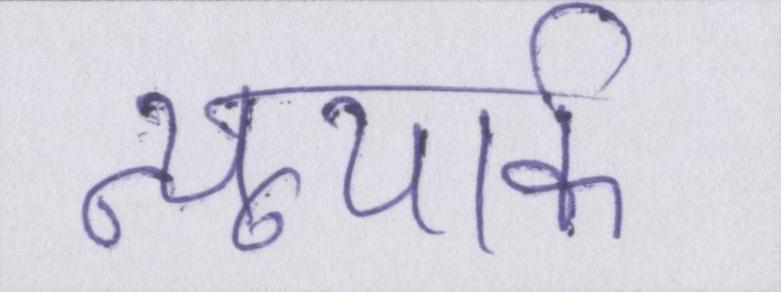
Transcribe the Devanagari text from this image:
न्यूयार्क